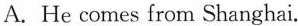
A. He comes from Shanghai.